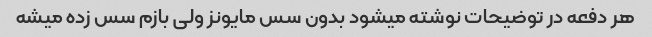
هر دفعه در توضیحات نوشته میشود بدون سس مایونز ولی بازم سس زده میشه